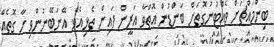
ބިންމައްޗަށް ވެއްޓުނުގޮތަށް ބަންޑުން އޮތްވާ އަރީން ފައިން ތެޅިއެވެ. އޭނަބޭނުންވި ހާ ގޮތެއް